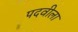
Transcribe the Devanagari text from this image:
पदवीला